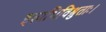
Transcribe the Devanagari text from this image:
इत्यभिविश्रुताः।